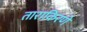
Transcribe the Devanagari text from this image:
ताराकिरणें